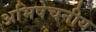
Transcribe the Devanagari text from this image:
अभिषेचनीय